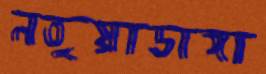
নতুয়াডাঙ্গা